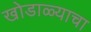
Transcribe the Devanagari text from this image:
खोडाळ्याचा